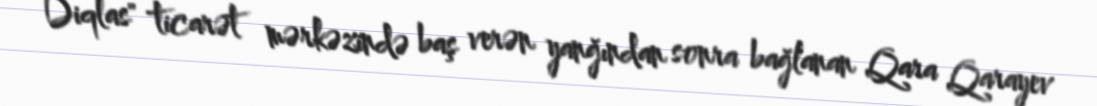
Diqlas" ticarət mərkəzində baş verən yanğından sonra bağlanan Qara Qarayev